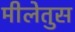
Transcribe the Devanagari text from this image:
मीलेतुस